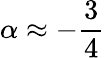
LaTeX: \alpha\approx-\frac{3}{4}